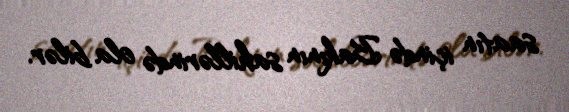
saatın içində Bakının sahillərində ola bilər.